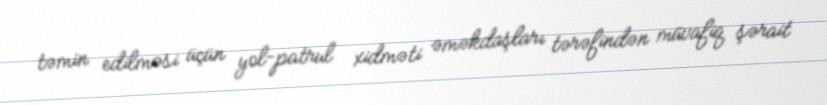
təmin edilməsi üçün yol-patrul xidməti əməkdaşları tərəfindən müvafiq şərait